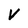
Character: V